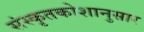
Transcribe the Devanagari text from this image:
संस्कृतकोशानुसार